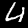
Label: 4